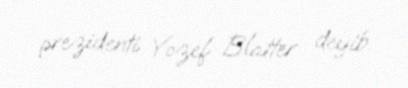
prezidenti Yozef Blatter deyib.